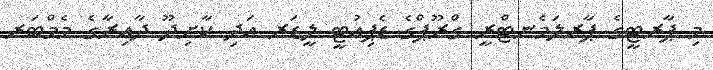
މި ޕާރޓީގެ ޕާރލަމެނޓްރީ ގްރޫޕްގެ ޑެޕިއުޓީ ލީޑަރ އަދި ކާށިދޫ ދާއިރާގެ މެމްބަރ